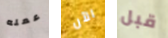
عمله الآن قبل